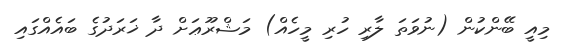
މިއީ ބޭންކުން (ނުވަތަ ލާރި ހުރި މީހެއް) މަޝްރޫޢަށް ދާ ޚަރަދުގެ ބައެއްގައި